65_HS1-834228961_62-HQ-83894_Section_9
Agency: FBI
Page 137
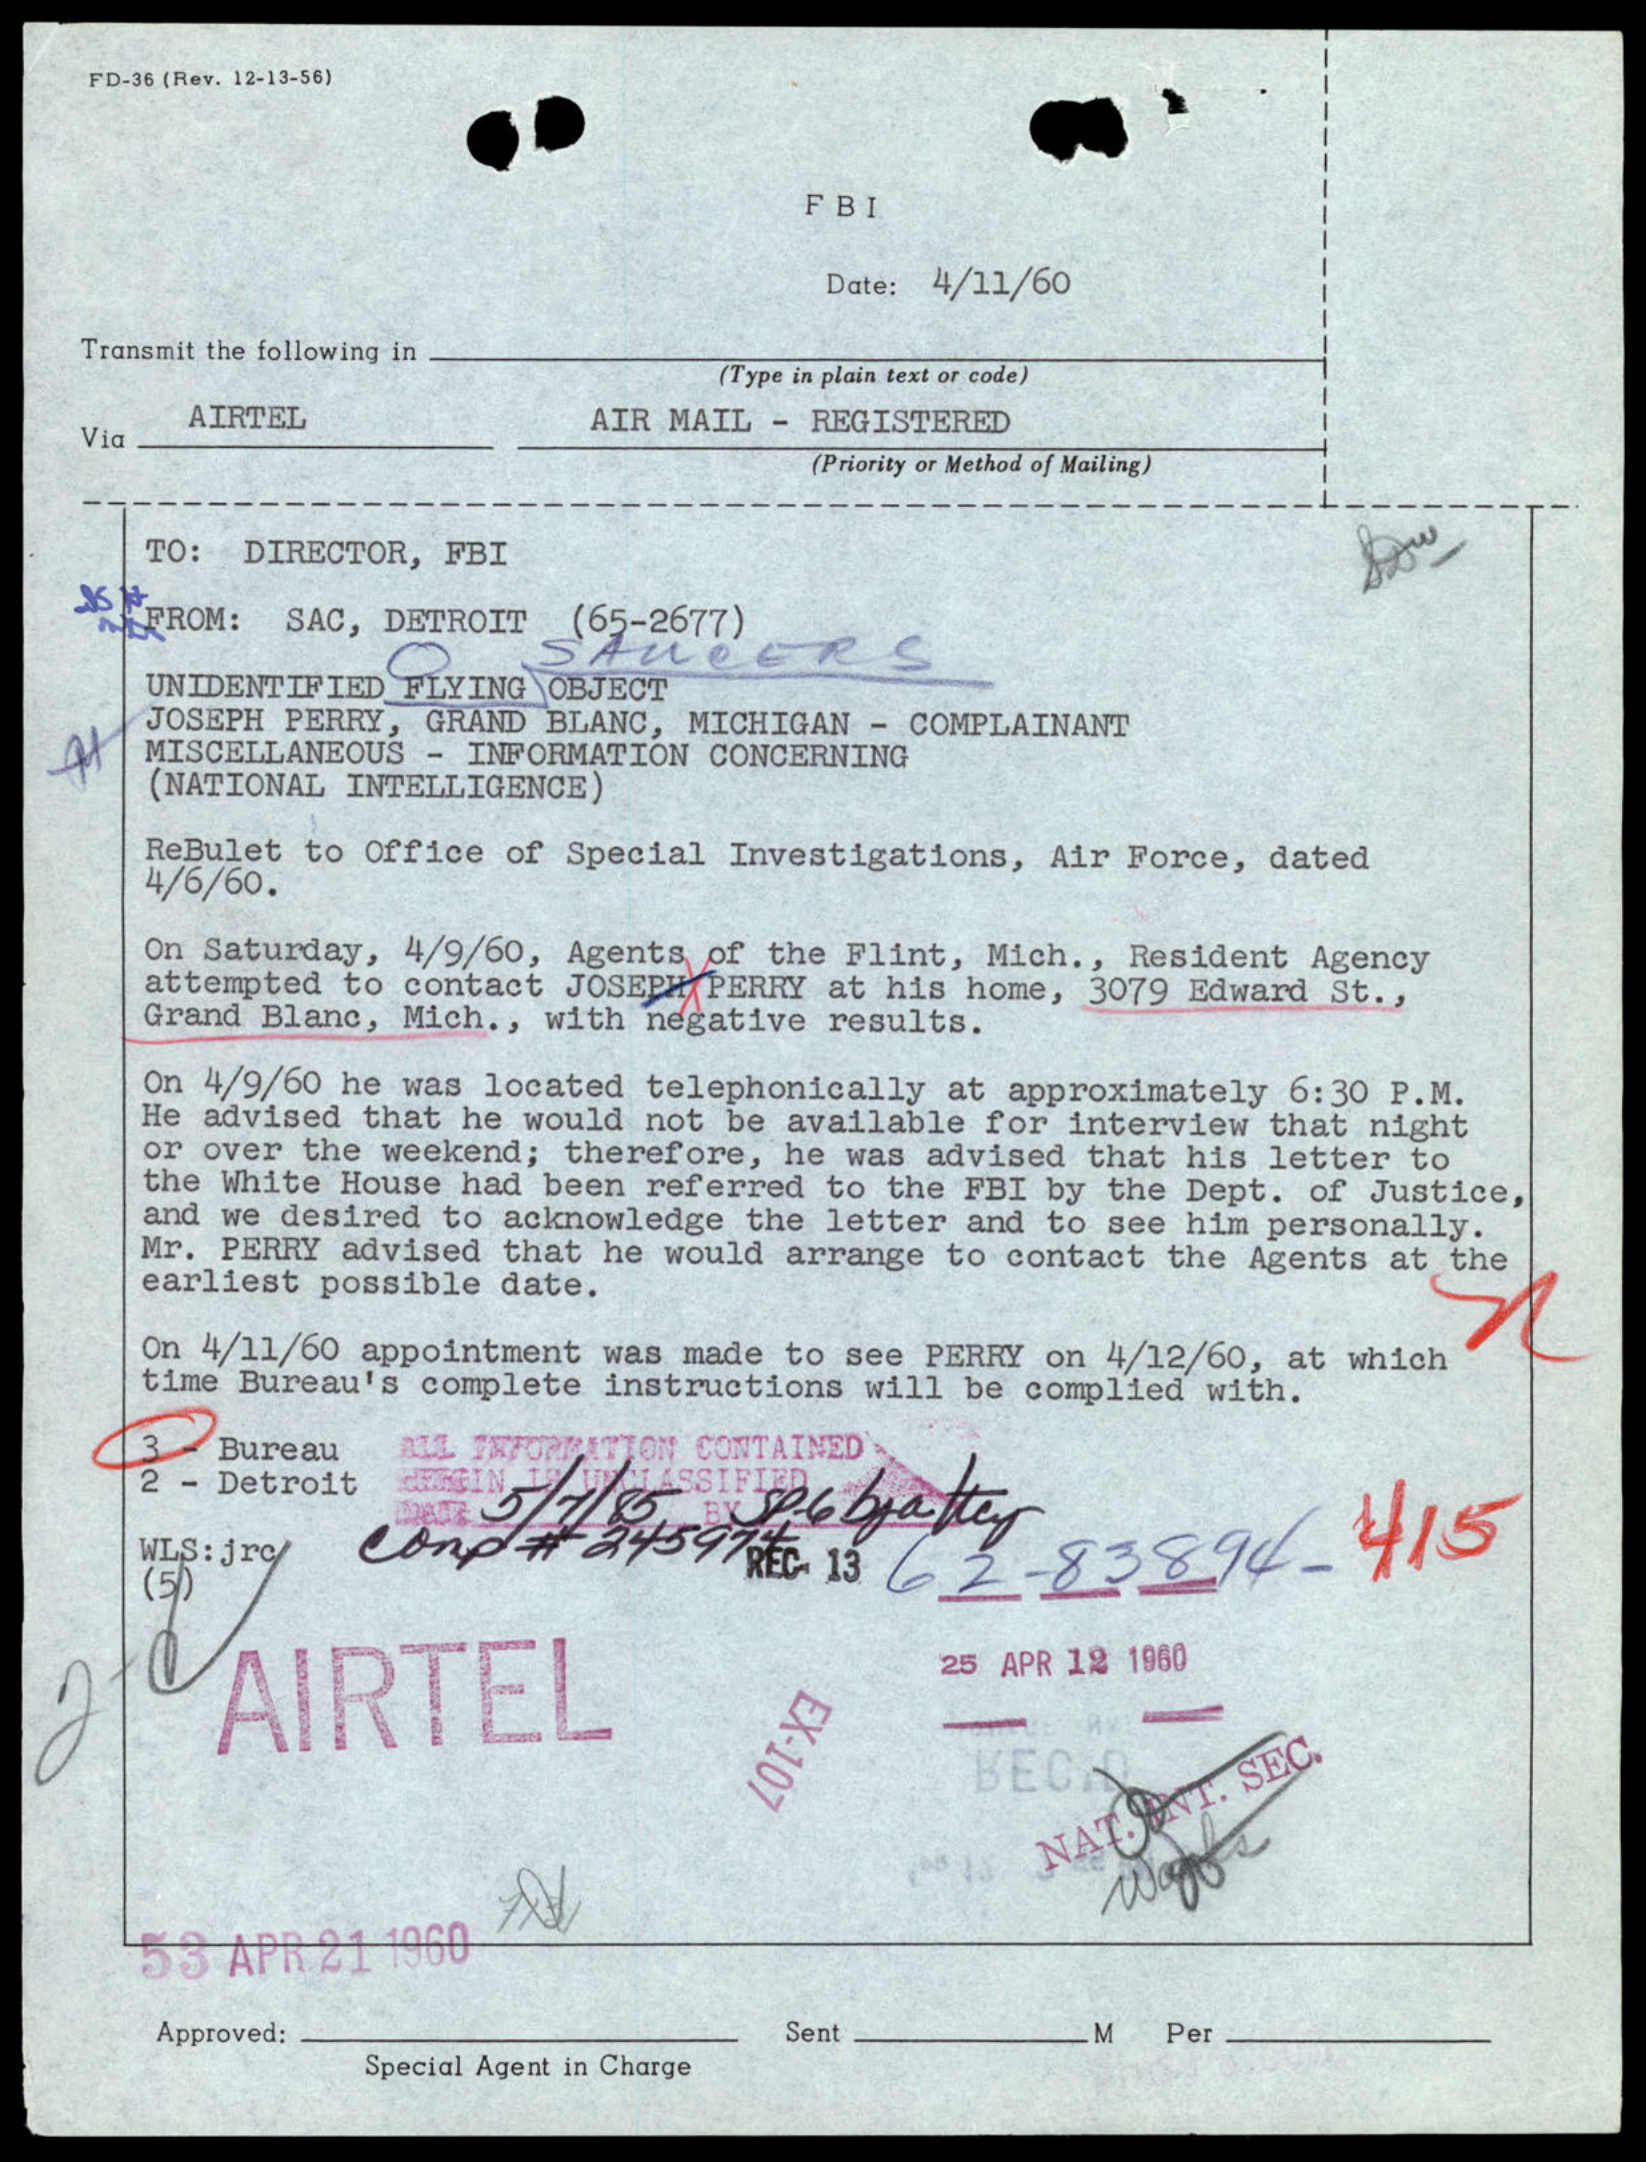